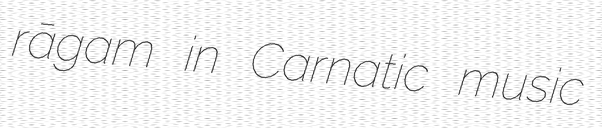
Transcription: rāgam in Carnatic music